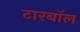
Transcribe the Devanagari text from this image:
टारबॉल